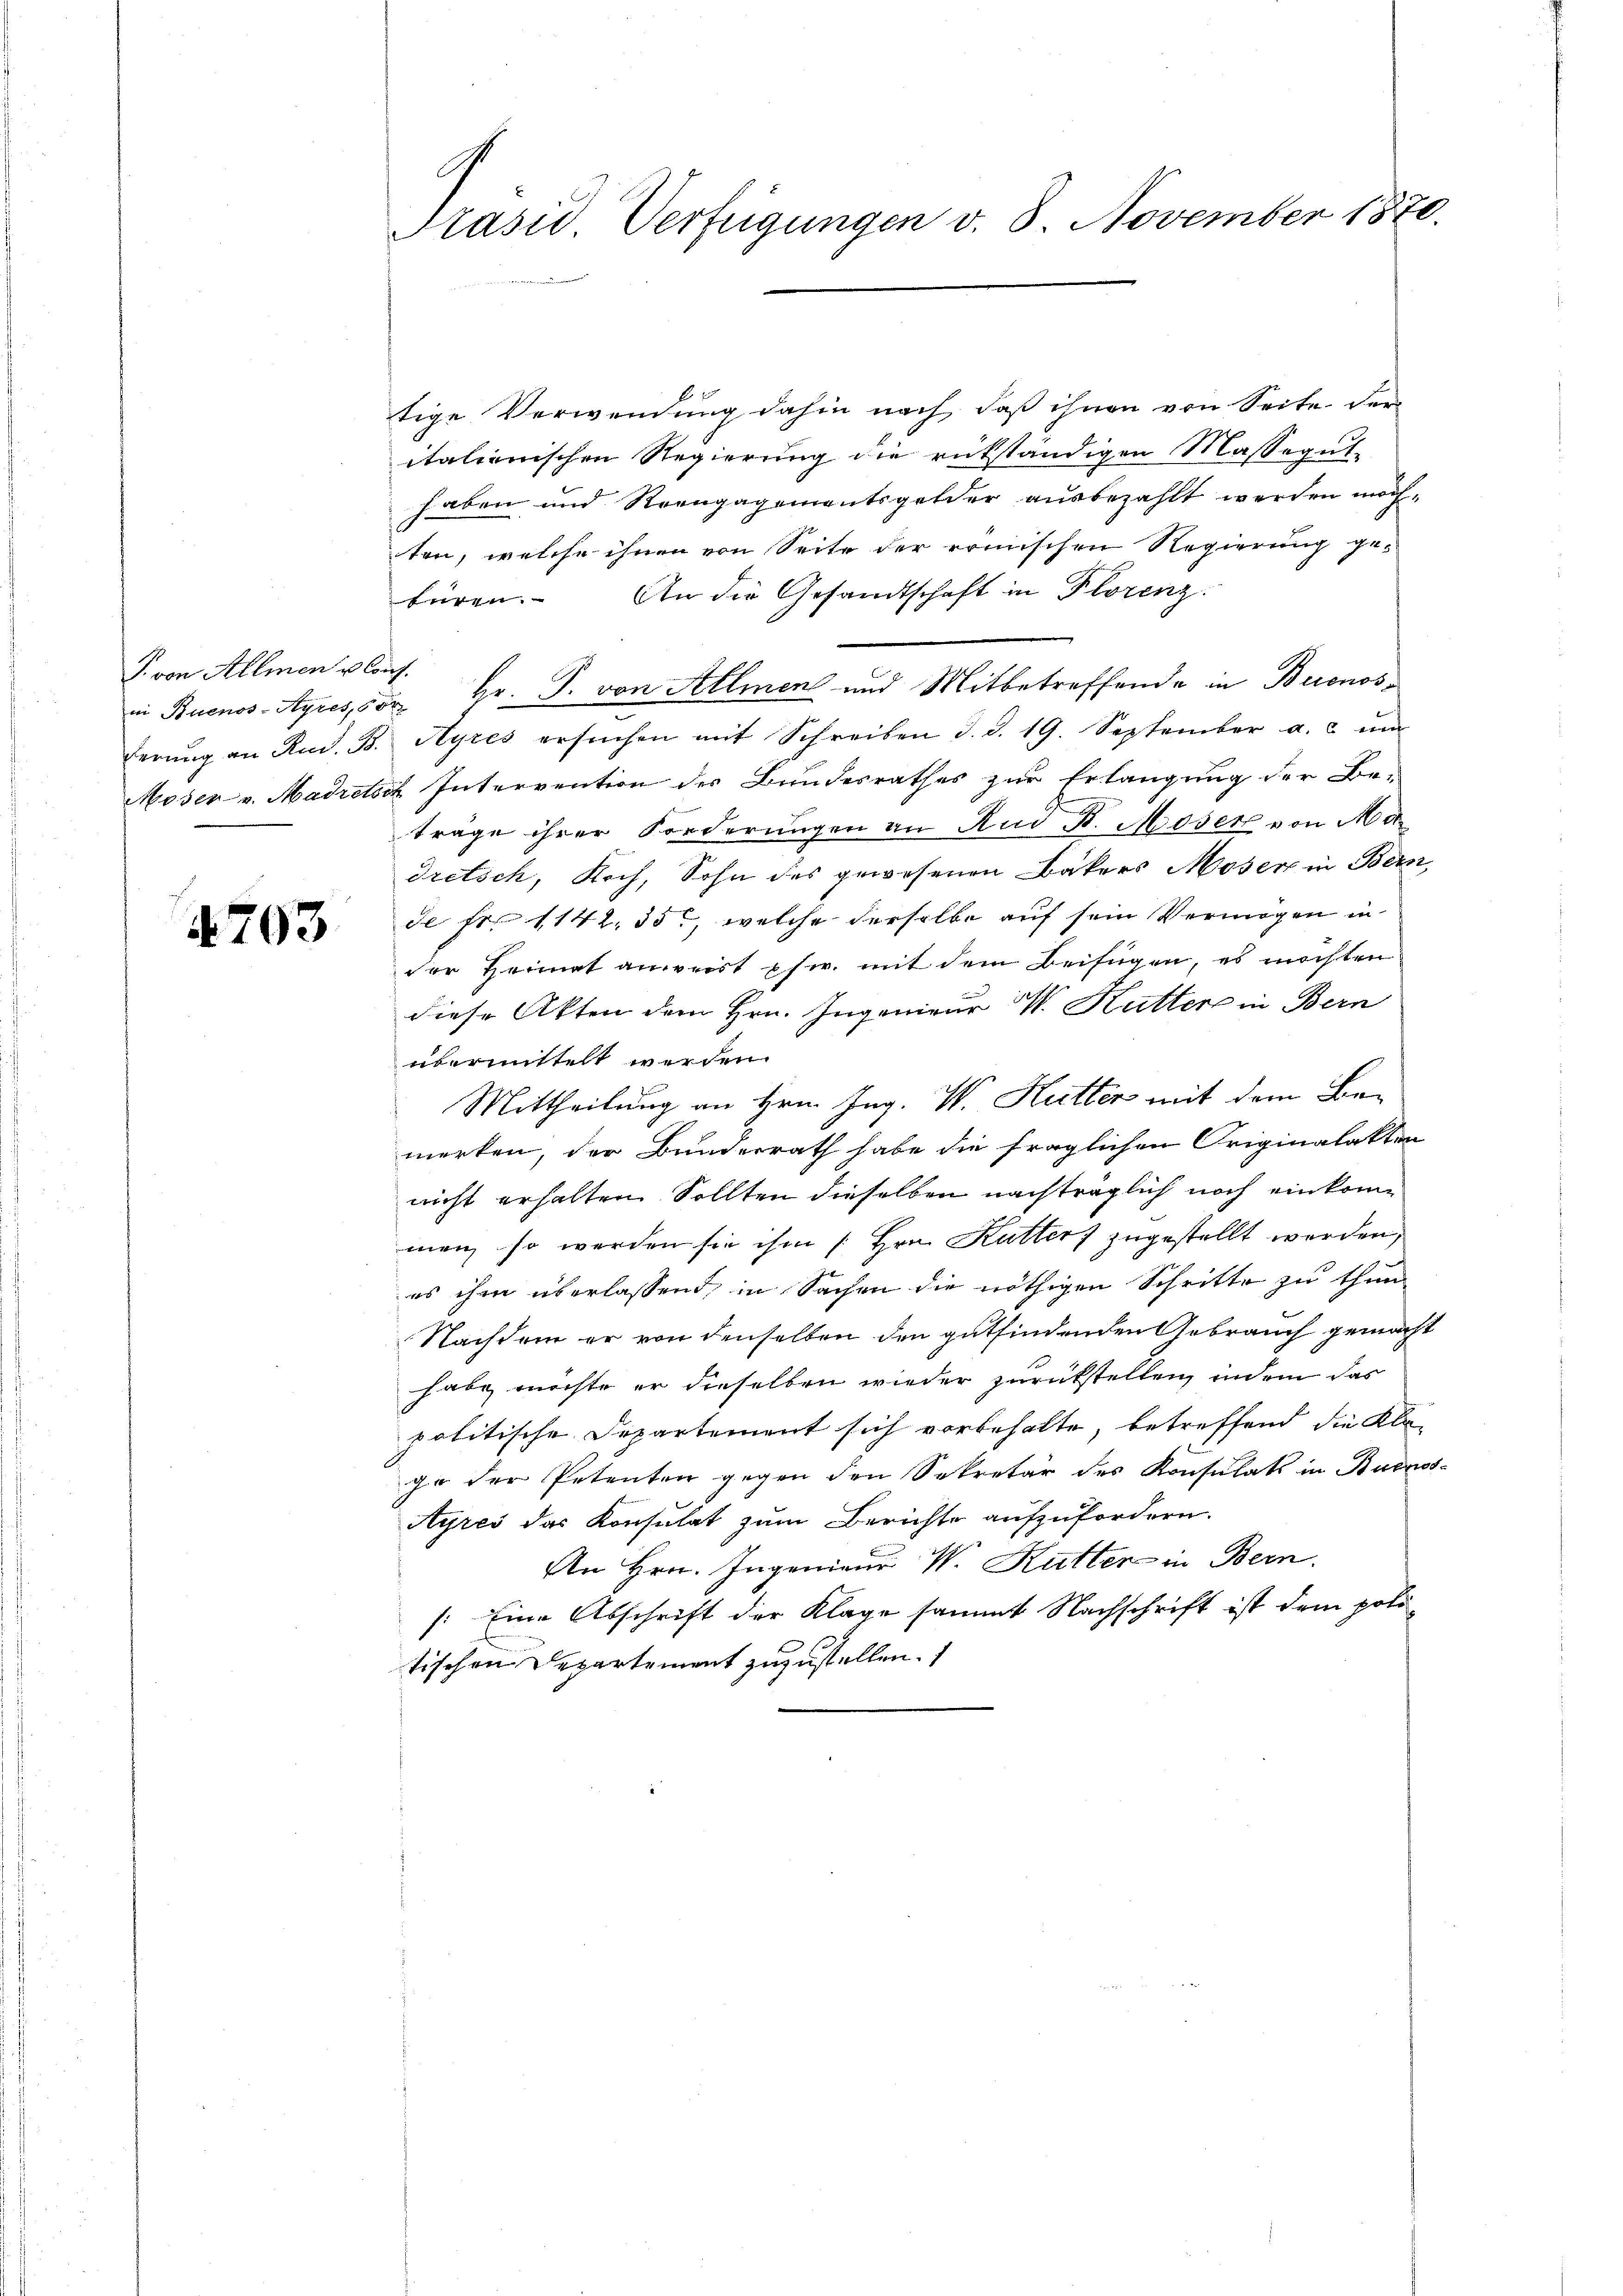
P. von Allmen u. Cons.

4703

C
Präsid. Verfügungen v. 8. November 1870.

tige Verwendung dahin nach, daß ihnen von Seite der
italienischen Regierung die rükständigen Massegut-
haben und Rrengagementsgelder ausbezahlt werden möchten, welche ihnen von Seite der römischen Regierung ge-
büren. An die Gesandtschaft in Florenz
in Buenos-Ayres, der Hr. P. von Allmen und Mitbetreffende in Buenosderŭng an Rud. B. Ayres ersŭchen mit Schreiben d. d. 19. September a. c. ŭm
Moser v. Madretsch Intervention des Bundesrathes zur Erlangung der Be-
träge ihrer Forderungen an Und D. Moser von Madretsch, Koch, Sohn des gewesenen Bäkers Moser in Bern,
de fr. 1142, 35, welche derselbe auf sein Vermögen in
der Heimat anweist psw. mit dem Beifügen, es möchten
diese Akten dem Hrn. Ingenieur M. Kutter in Bern
übermittelt werden.
Mittheilung an Hrn. Ing. W. Kutter mit dem Be-
merken, der Bunderrath habe die fraglichen Originalakten
nicht erhalten Sollten dieselben nachträglich noch einkommen, so werden sie ihm [Hrn. Kutters zugestellt werden,
es ihm überlassend, in Sachen die nöthigen Schritte zu thun
Nachdem er von denselben den gutfindenden Gebrauch gemacht
habe möchte er dieselben wieder zurückstellen, indem das
politische Departement sich vorbehalte, betreffend die Kla-
ge der Petenten gegen den Sekretär des Konsulats in Buenos-
Ayres das Konsulat zum Berichte aufzufordern.
An Hrn. Ingenieur W. Kutter in Bern.
/: Eine Abschrift der Klage sammt Nachschrift ist dem politischen Departement zuzustellen.